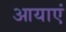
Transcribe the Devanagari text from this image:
आयाएं